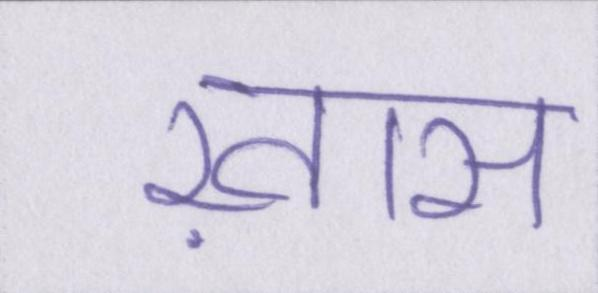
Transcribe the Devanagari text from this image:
ख़ास